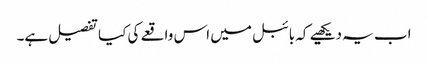
اب یہ دیکھیے کہ بائبل میں اس واقعے کی کیا تفصیل ہے۔